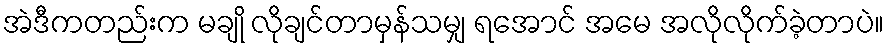
အဲဒီကတည်းက မချို လိုချင်တာမှန်သမျှ ရအောင် အမေ အလိုလိုက်ခဲ့တာပဲ။